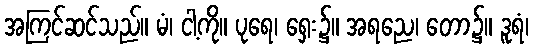
အကြင်ဆင်သည်။ မံ၊ ငါ့ကို။ ပုရေ၊ ရှေး၌။ အရညေ၊ တော၌။ ဒူရံ၊